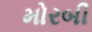
મોરબી